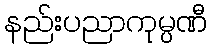
နည်းပညာကုမ္ပဏီ